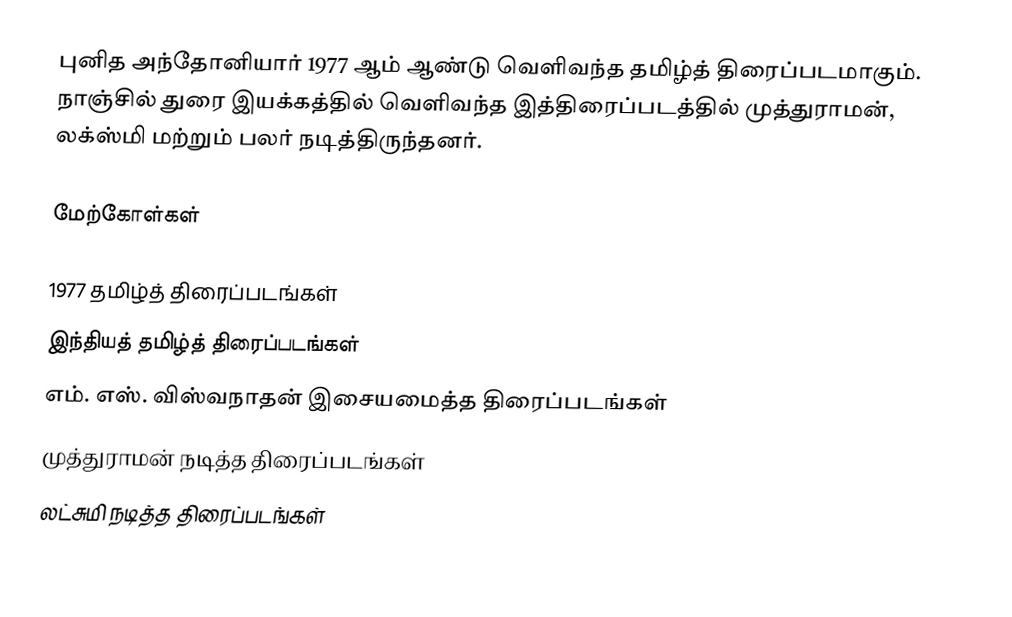
புனித அந்தோனியார் 1977 ஆம் ஆண்டு வெளிவந்த தமிழ்த் திரைப்படமாகும். நாஞ்சில் துரை இயக்கத்தில் வெளிவந்த இத்திரைப்படத்தில் முத்துராமன், லக்ஸ்மி மற்றும் பலர் நடித்திருந்தனர்.

மேற்கோள்கள்

1977 தமிழ்த் திரைப்படங்கள்
இந்தியத் தமிழ்த் திரைப்படங்கள்
எம். எஸ். விஸ்வநாதன் இசையமைத்த திரைப்படங்கள்
முத்துராமன் நடித்த திரைப்படங்கள்
லட்சுமி நடித்த திரைப்படங்கள்